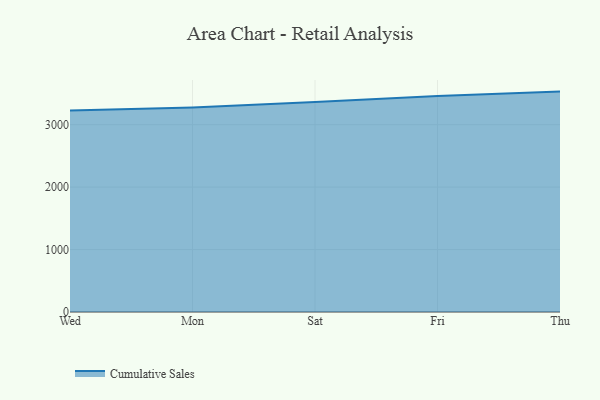
{"axis": {"x": "Day", "y": "Net Income (USD K)"}, "legend": ["Cumulative Sales"], "data": [{"x": "Wed", "y": 3226.5, "type": "Cumulative Sales"}, {"x": "Mon", "y": 3275.6, "type": "Cumulative Sales"}, {"x": "Sat", "y": 3361.9, "type": "Cumulative Sales"}, {"x": "Fri", "y": 3459.0, "type": "Cumulative Sales"}, {"x": "Thu", "y": 3529.3, "type": "Cumulative Sales"}]}